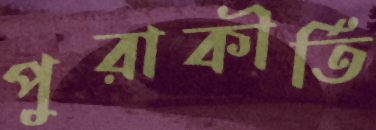
পুরাকীর্তি